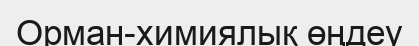
Орман-химиялық өңдеу